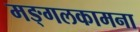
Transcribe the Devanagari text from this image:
मङ्गलकामना